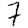
Digit: 7